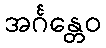
အင်္ဂန္တေဝ